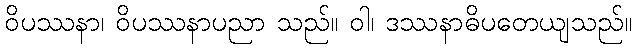
ဝိပဿနာ၊ ဝိပဿနာပညာ သည်။ ဝါ၊ ဒဿနာဓိပတေယျသည်။